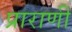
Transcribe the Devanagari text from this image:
प्राराणी